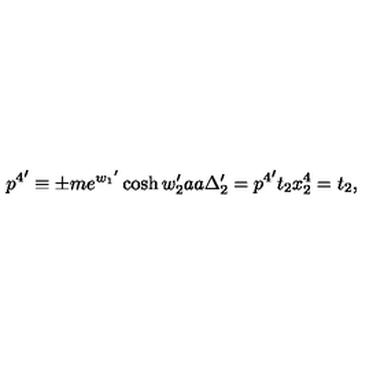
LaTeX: { p ^ { 4 } } ^ { \prime } \equiv \pm m e ^ { { w _ { 1 } } ^ { \prime } } \cosh w _ { 2 } ^ { \prime } a a \Delta _ { 2 } ^ { \prime } = { p ^ { 4 } } ^ { \prime } t _ { 2 } x _ { 2 } ^ { 4 } = t _ { 2 } ,